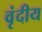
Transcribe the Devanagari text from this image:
वृंदीय